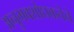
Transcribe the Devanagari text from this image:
अनुभवशोधकतेने